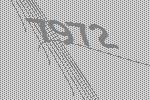
7972